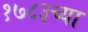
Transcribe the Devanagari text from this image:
१७८३च्या